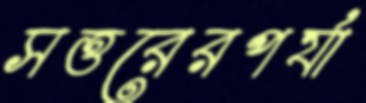
সত্তরেরপর্যা